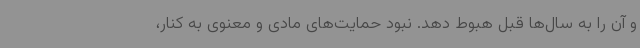
و آن را به سال‌ها قبل هبوط دهد. نبود حمایت‌های مادی و معنوی به کنار،